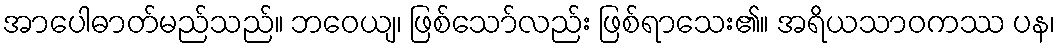
အာပေါဓာတ်မည်သည်။ ဘဝေယျ၊ ဖြစ်သော်လည်း ဖြစ်ရာသေး၏။ အရိယသာဝကဿ ပန၊